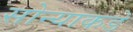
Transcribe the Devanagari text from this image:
सोन्याकडे